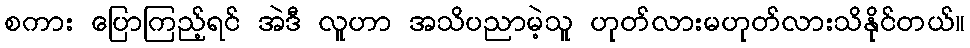
စကား ပြောကြည့်ရင် အဲဒီ လူဟာ အသိပညာမဲ့သူ ဟုတ်လားမဟုတ်လားသိနိုင်တယ်။